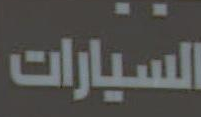
السيارات